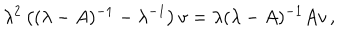
\lambda ^ { 2 } \left( ( \lambda - A ) ^ { - 1 } - \lambda ^ { - 1 } \right) v = \lambda ( \lambda - A ) ^ { - 1 } A v \, ,